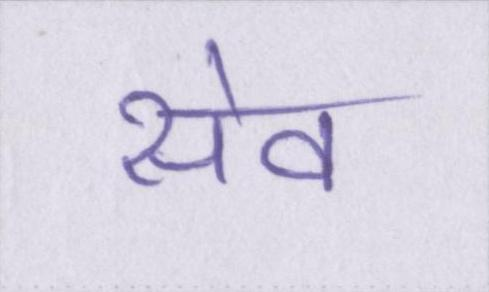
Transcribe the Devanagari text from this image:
सेव